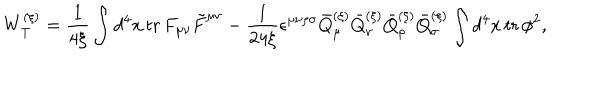
W _ { \mathrm { T } } ^ { ( \xi ) } = \frac { 1 } { 4 \xi } \int d ^ { 4 } x \, \mathrm { t r } \, F _ { \mu \nu } \tilde { F } ^ { \mu \nu } - \frac { 1 } { 2 4 \xi } \epsilon ^ { \mu \nu \rho \sigma } \bar { Q } _ { \mu } ^ { ( \xi ) } \bar { Q } _ { \nu } ^ { ( \xi ) } \bar { Q } _ { \rho } ^ { ( \xi ) } \bar { Q } _ { \sigma } ^ { ( \xi ) } \int d ^ { 4 } x \, \mathrm { t r } \, \phi ^ { 2 } ,